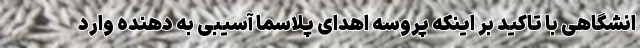
انشگاهی با تاکید بر اینکه پروسه اهدای پلاسما آسیبی به دهنده وارد